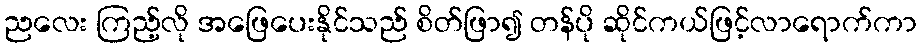
ညလေး ကြည့်လို အဖြေပေးနိုင်သည် စိတ်ဖြာ၍ တန်ပို ဆိုင်ကယ်ဖြင့်လာရောက်ကာ